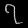
Digit: ၇